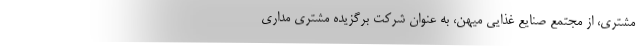
مشتری، از مجتمع صنایع غذایی میهن، به عنوان شرکت برگزیده مشتری مداری